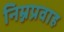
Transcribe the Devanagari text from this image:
निम्नप्रवाह